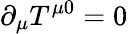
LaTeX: \partial_{\mu}T^{\mu 0}=0